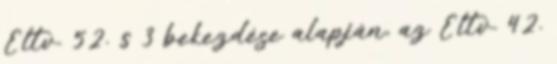
Éltv. 52. § 3 bekezdése alapján, az Éltv. 42.